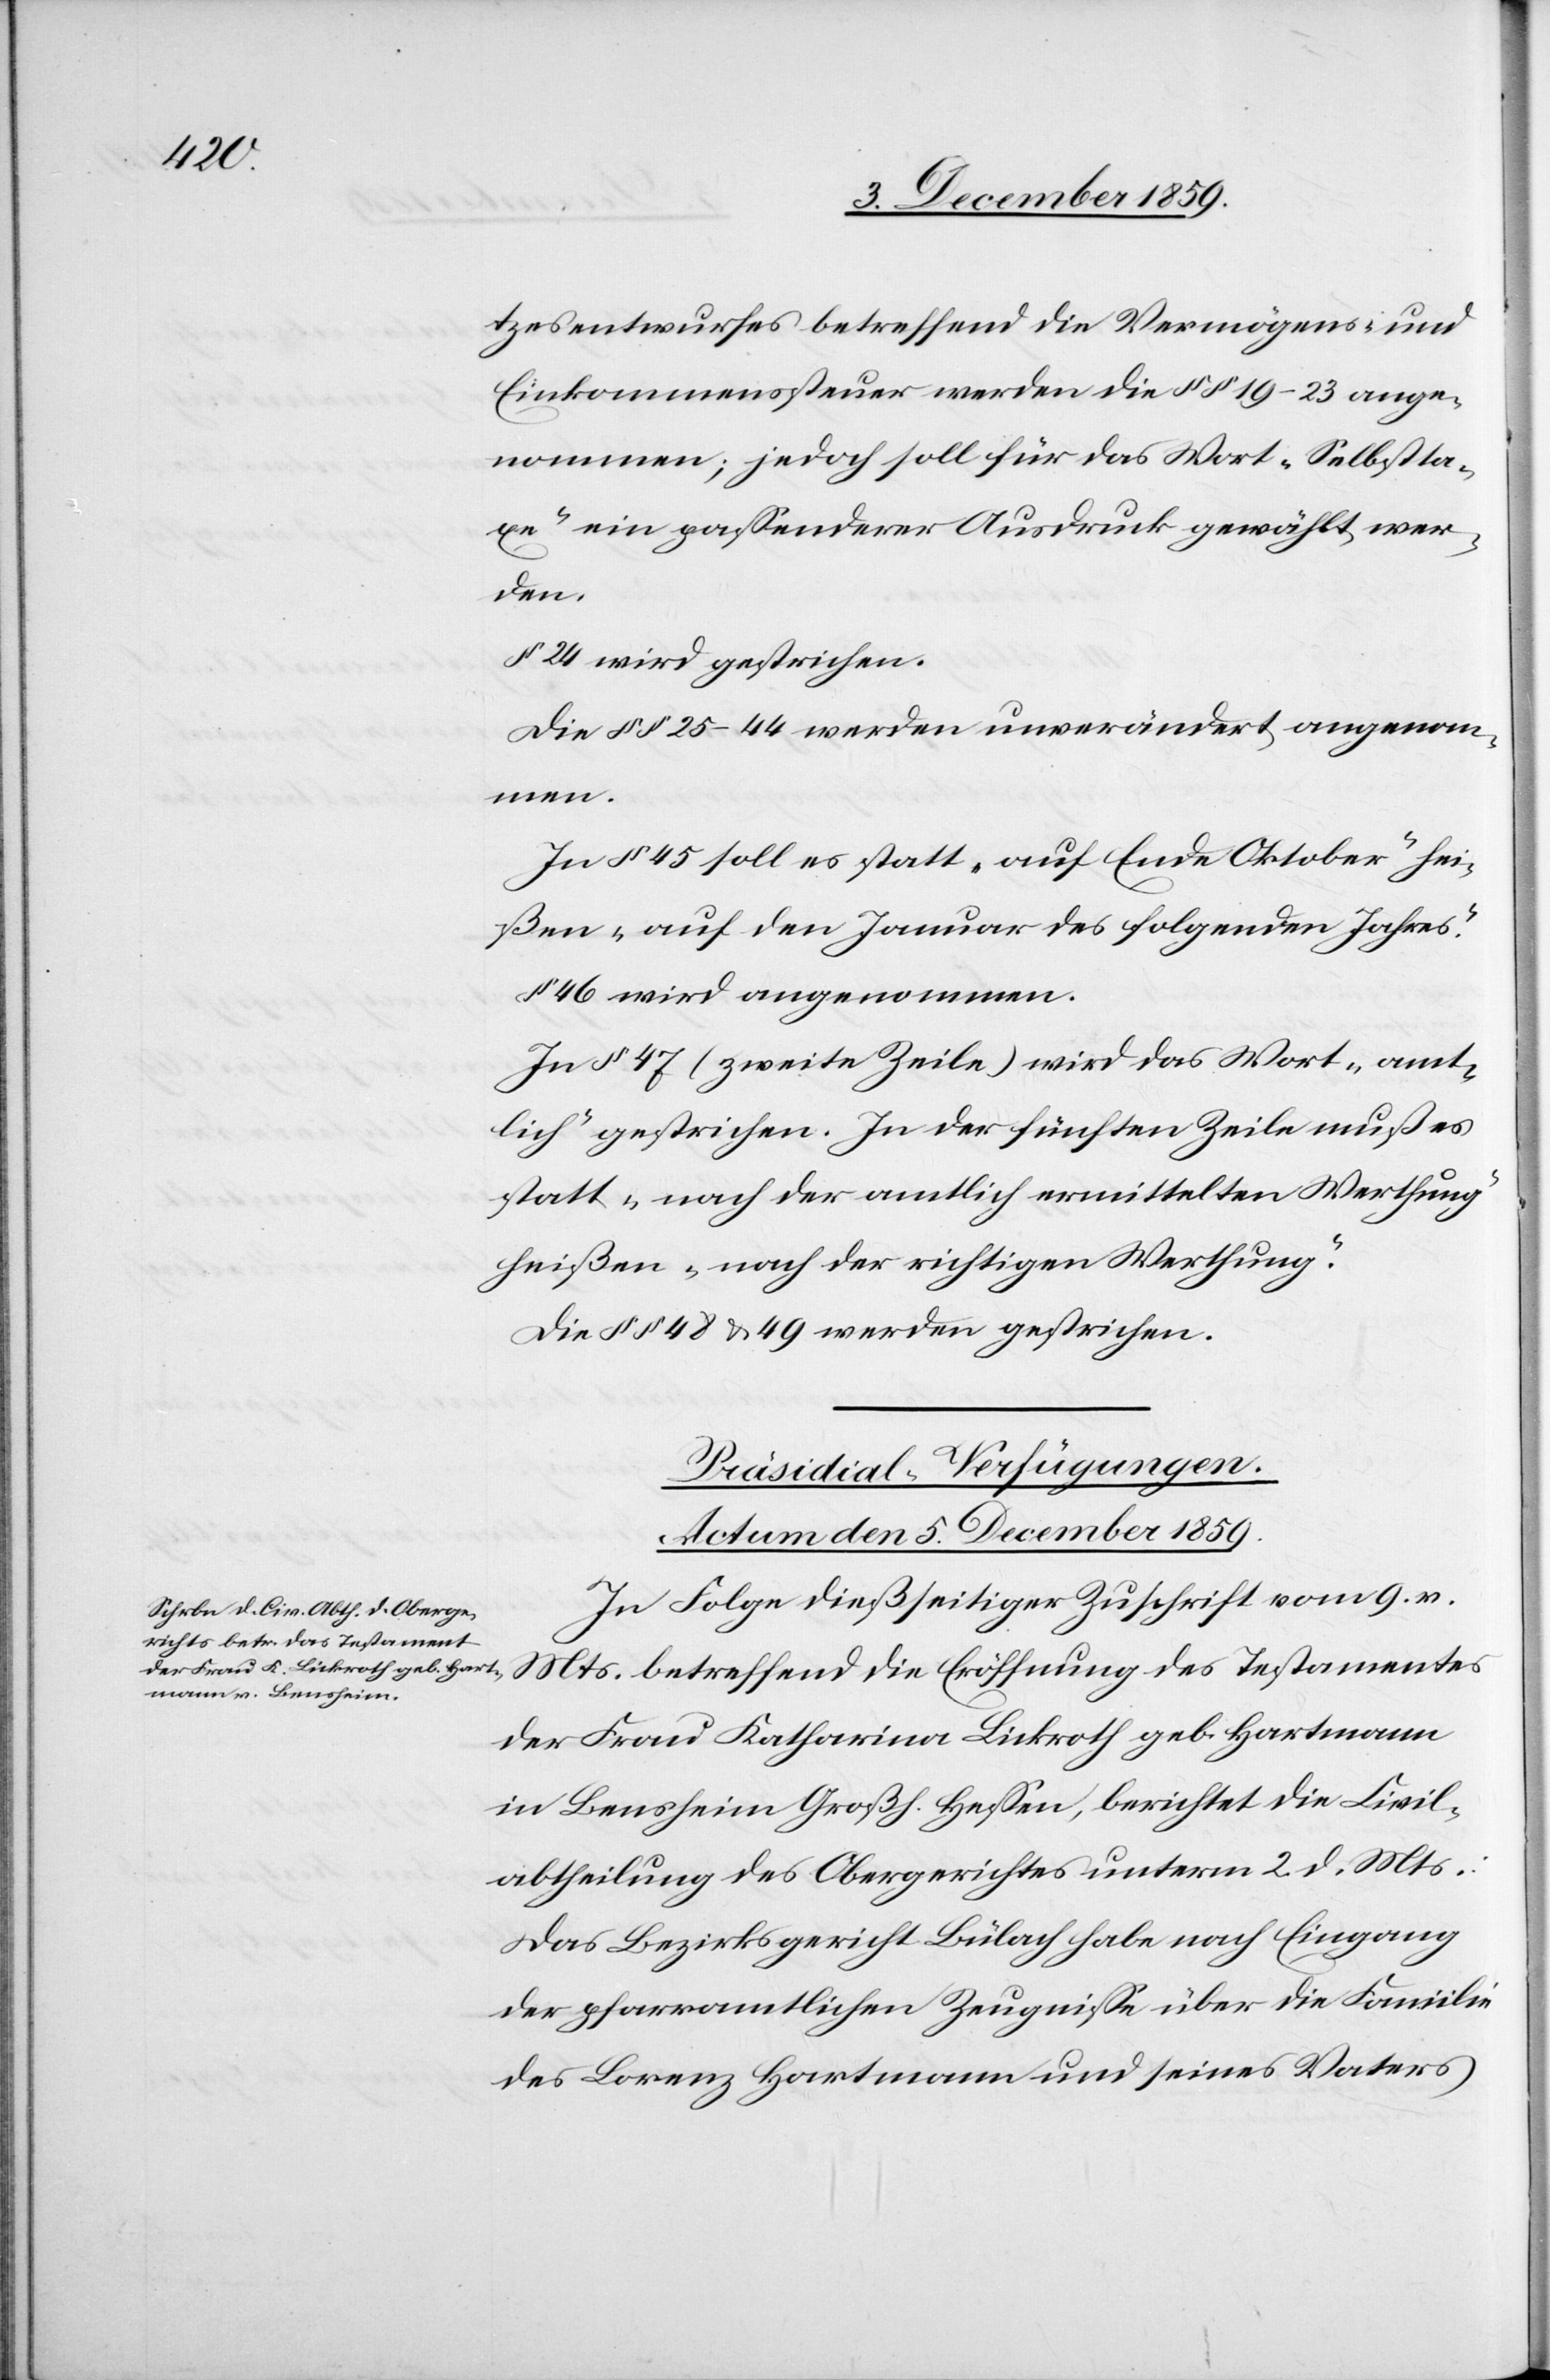
tzesentwurfes betreffen die Vermögens- und
Einkommenssteuer werden die §§ 19 – 23 ange¬
nommen; jedoch soll für das Wort „Selbstta¬
xe“ ein passenderer Ausdruck gewählt wer¬
den.
§ 24 wird gestrichen.
Die §§ 25 – 44 werden unverändert angenom¬
men.
In § 45 soll es statt „auf Ende Okober“ hei¬
ßen „auf den Januar des folgenden Jahres“.
§ 46 wird angenommen.
In § 47 (zweite Zeile) wird das Wort „amt¬
lich“ gestrichen. In der fünften Zeile muß es
statt „nach der amtlich ermittelten Werthung“
heißen „nach der richtigen Werthung“.
Die §§ 48 & 49 werden gestrichen.
Präsidial-Verfügungen.
Actum den 5. December 1859.
In Folge dießseitiger Zuschrift vom 9. v.
Mts. betreffend die Eröffnung des Testamentes
der Frau Katharina Lickroth geb. Hartmann
in Bensheim Großh. Hessen, berichtet die Civil¬
abtheilung des Obergerichtes unterm 2. d. Mts:
Das Bezirksgericht Bülach habe nach Eingang
der pfarramtlichen Zeugnisse über die Familie
des Lorenz Hartmann und seines Vaters